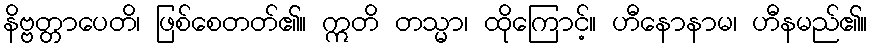
နိဗ္ဗတ္တာပေတိ၊ ဖြစ်စေတတ်၏။ ဣတိ တသ္မာ၊ ထိုကြောင့်။ ဟီနောနာမ၊ ဟီနမည်၏။